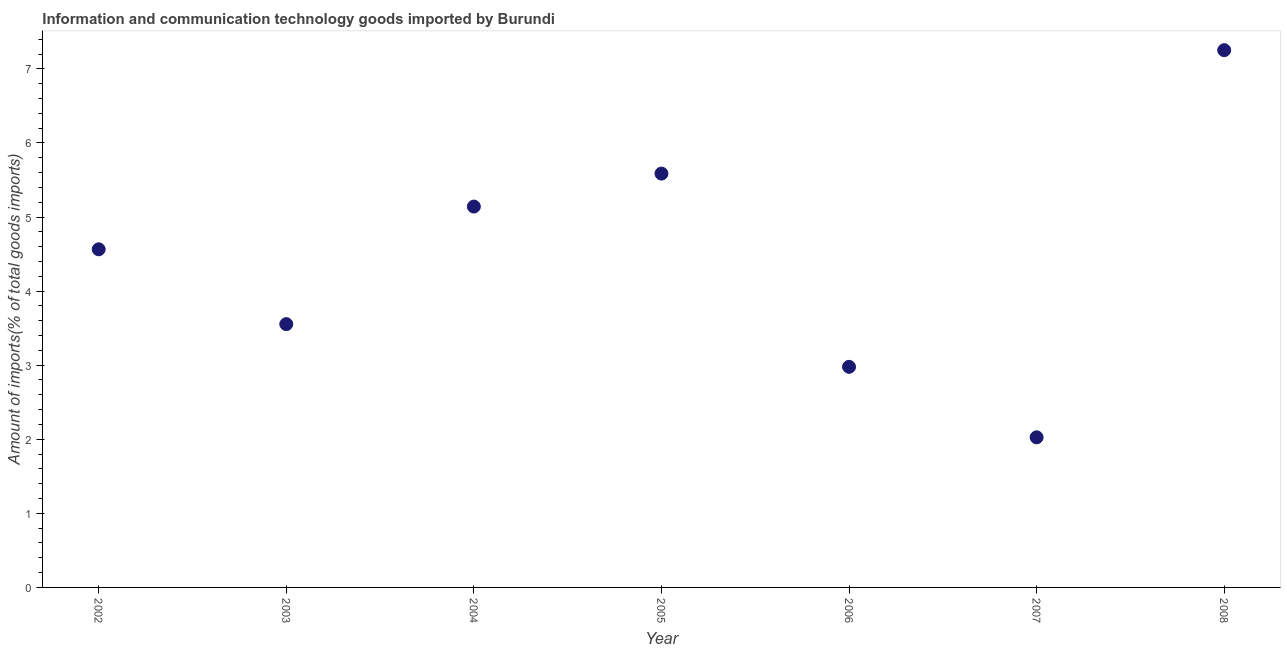
| Year | ICT goods imports |
 | --- | --- |
 | 2002 | 4.56 |
 | 2003 | 3.55 |
 | 2004 | 5.14 |
 | 2005 | 5.59 |
 | 2006 | 2.98 |
 | 2007 | 2.03 |
 | 2008 | 7.25 |